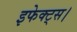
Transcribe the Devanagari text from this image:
इफेक्ट्स।